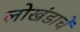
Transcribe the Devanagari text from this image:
लोखंडाचें